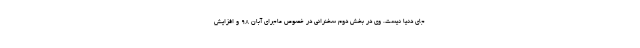
جای دنیا نیست. وی در بخش دوم سخنرانی در خصوص ماجرای آبان ۹۸ و افزایش